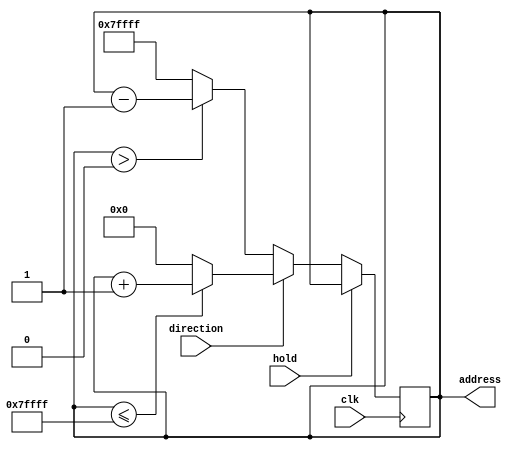

module address_change (clk, direction, hold, address);
input clk, direction, hold;

output reg [22:0] address;
reg [22:0] last_address = 23'h7FFFF;

reg [22:0]  next_address;

always @(posedge clk) begin
address <= next_address;
end

always @(*) begin
	
		if(hold)   //if holding address from the output module, keep address same
		next_address = address;

		else if(direction) begin  //if forward direction
		if(address<=last_address)
		next_address = address+1'b1;  //add 1 if its less than max
		else 
		next_address = 23'b0;  //if max, then go to 0
		end

		else if(!direction) begin  //if backwards
		if(address>23'b0)
		next_address = address-1'b1;  //sub 1 if greater than 0
		else 
		next_address = last_address;  //if 0 go to max
		end

		else next_address = 23'b0;  //else default, go to 0
	
end
endmodule